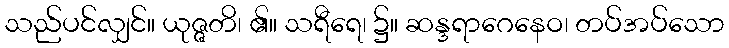
သည်ပင်လျှင်။ ယုဇ္ဇတိ၊ ၏။ သရီရေ၊ ၌။ ဆန္ဒရာဂေနေဝ၊ တပ်အပ်သော